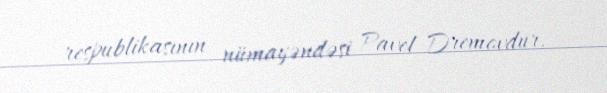
respublikasının nümayəndəsi Pavel Dremovdur.